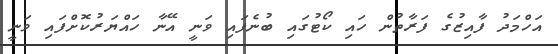
އަހްމަދު ފާއިޒުގެ ފަރާތުން ހައި ކޯޓުގައި ބުނެފައި ވަނީ އޭނާ ހައްޔަރުކޮށްފައި ވަނީ